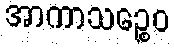
အာကာသဉ္စေဝ